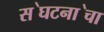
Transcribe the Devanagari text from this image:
स॓घटना॓चा